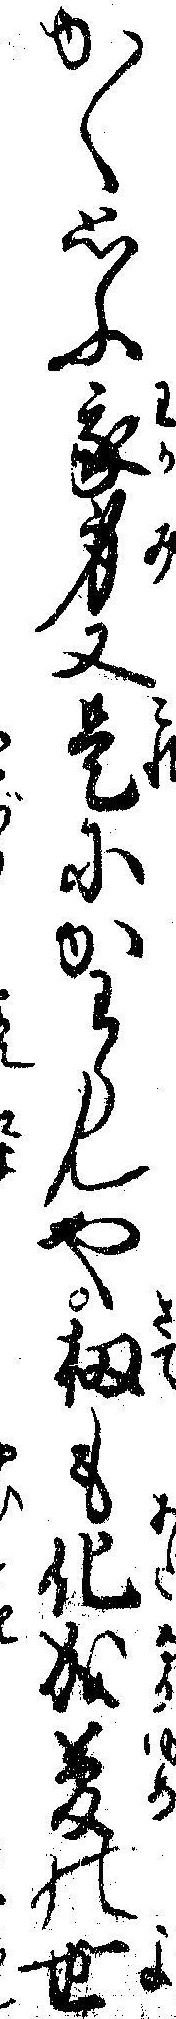
かく思ふ我身又是にかわらんや扨も化成夢の世